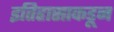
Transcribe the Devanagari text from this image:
इतिहासाकडून